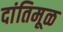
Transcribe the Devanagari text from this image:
दांतिमूळ